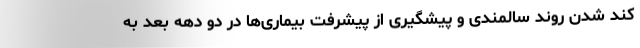
کند شدن روند سالمندی و پیشگیری از پیشرفت بیماری‌ها در دو دهه بعد به